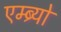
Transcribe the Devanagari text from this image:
एम्ब्र्यो